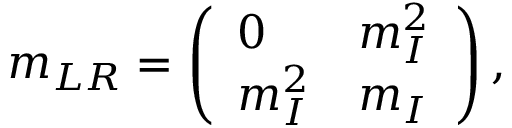
m _ { L R } = \left( \begin{array} { l l } { { 0 } } & { { m _ { I } ^ { 2 } } } \\ { { m _ { I } ^ { 2 } } } & { { m _ { I } } } \end{array} \right) ,